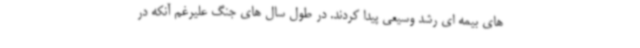
های بیمه ای رشد وسیعی پیدا کردند. در طول سال های جنگ علیرغم آنکه در